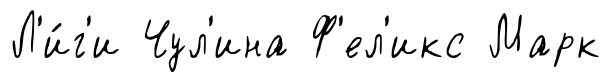
Л'и́г'и Чул'ина Ф'ел'икс Марк